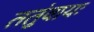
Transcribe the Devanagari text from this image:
ततुंवायः